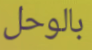
بالوحل